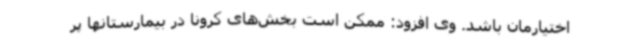
اختیارمان باشد. وی افزود: ممکن است بخش‌های کرونا در بیمارستانها پر